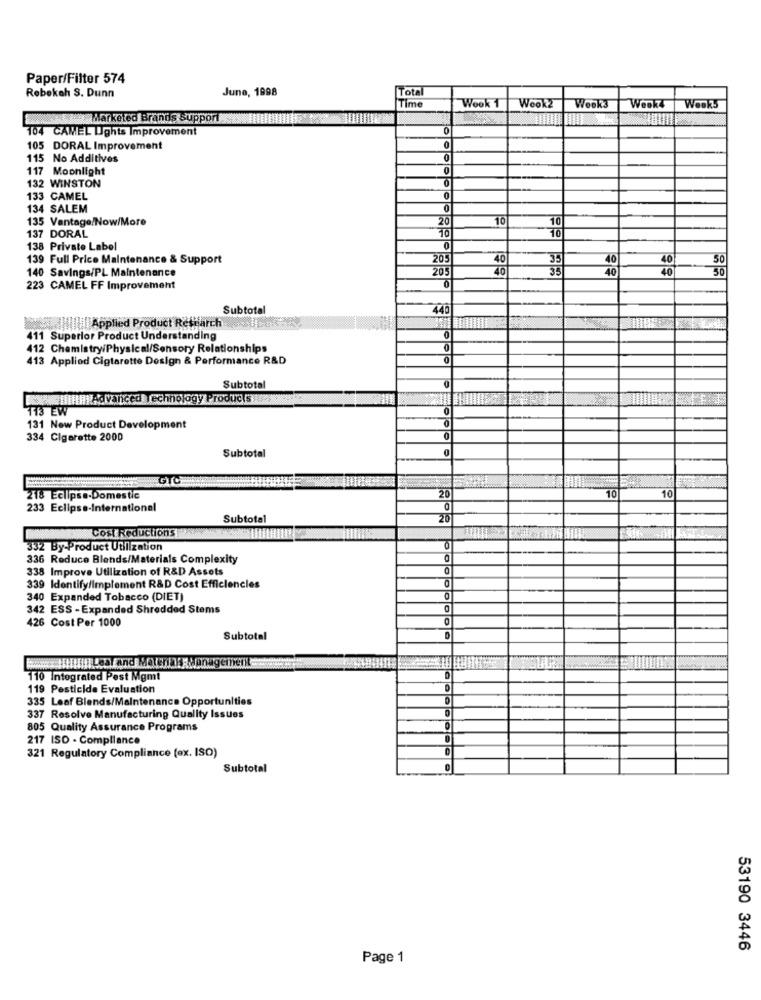
Paper/Filter 574
June, 1998
Total
Rebekah S. Dunn
Time
Wook2
Weok4
Wook 1
Wook3
Weeks
Marketed Brands Support
104 CAMEL Lights Improvement
0
105 DORAL Improvement
0
115 No Additives
0
117 Moonlight
132 WINSTON
133 CAMEL
0
134 SALEM
0
135 Vantage/Now/More
20
10
10
137 DORAL
10
10
138 Private Label
0
139 Full Price Maintenance & Support
205
40
35
40
40
50
140 Savings/PL Maintenance
205
40
35
30
0
40
40
223 CAMEL FF Improvement
Subtotal
446
Applied Product Research
411 Superior Product Understanding
0
412 Chemistry/Physical/Sensory Relationships
413 Applied Cigarette Design & Performance R&D
0
0
Subtotal
filtill Advanced Technology Produc.5
113 EW
0
131 New Product Development
334 Cigarette 2000
Subtotal
GTC
20
218 Eclipse-Domestic
10
10
233 Eclipse-International
Subtotal
Cost Reductions
332 By-Product Utilization
336 Reduce Blends/Materials Complexity
338 Improve Utilization of R&D Assets
339 Identify/implement R&D Cost Efficiencies
340 Expanded Tobacco (DIET)
342 ESS - Expanded Shredded Stems
426 Cost Per 1000
Subtotal
Hip Leaf and Materials Management ..
110 Integrated Pest Mgmt
119 Pesticide Evaluation
335 Leaf Blends/Maintenance Opportunities
D
337 Resolve Manufacturing Quality Issues
805 Quality Assurance Programs
0
217 ISO - Compliance
321 Regulatory Compliance (ex. ISO)
Subtotal
0
53190 3446
Page 1